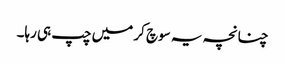
چنانچہ یہ سوچ کر میں چپ ہی رہا۔